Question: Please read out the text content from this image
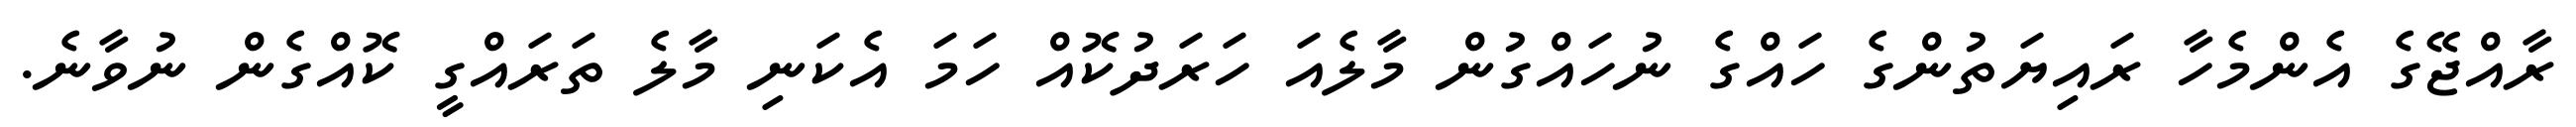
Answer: ރާއްޖޭގެ އެންމެހާ ރައިޔަތުންގެ ހައްގެ ނުހައްގުން މާލެއަ ހަރަދުކޮއް ހަމަ އެކަނި މާލެ ތަރައްގީ ކޮއްގެން ނުވާނެ.